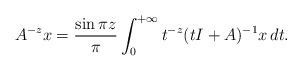
LaTeX: \begin{align*}A^{-z}x=\frac{\sin \pi z}{\pi}\int_0^{+\infty}t^{-z}(tI+A)^{-1}x\,dt.\end{align*}